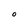
Character: O